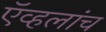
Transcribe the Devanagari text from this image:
ऍव्हलांच